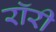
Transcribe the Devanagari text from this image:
रॉरी